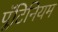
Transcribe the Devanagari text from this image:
प्लॅटिनियम